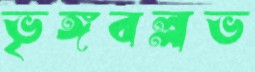
ভৃঙ্গবল্লভ